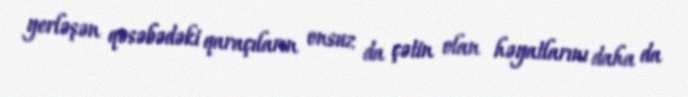
yerləşən qəsəbədəki qaraçıların onsuz da çətin olan həyatlarını daha da